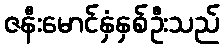
ဇနီးမောင်နှံနှစ်ဦးသည်